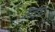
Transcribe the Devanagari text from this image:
उदाः